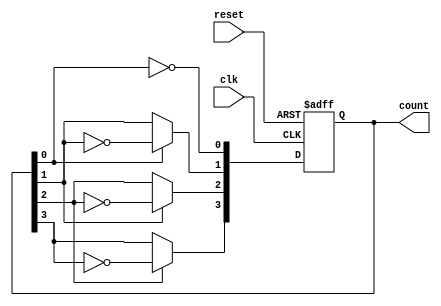
module async_ripple_counter (
    input wire clk,          // Clock input
    input wire reset,        // Asynchronous reset input
    output reg [N-1:0] count // Counter output
);
    parameter N = 4; // Number of flip-flops (4-bit counter)

    // T flip-flop behavior
    always @(posedge clk or posedge reset) begin
        if (reset) begin
            count <= 0; // Reset the counter to 0
        end else begin
            count[0] <= ~count[0]; // Toggle LSB on every clock pulse
            count[1] <= count[0] ? ~count[1] : count[1]; // Toggle next flip-flop on falling edge of previous
            count[2] <= count[1] ? ~count[2] : count[2]; // Continue for next flip-flops
            count[3] <= count[2] ? ~count[3] : count[3];
        end
    end
endmodule